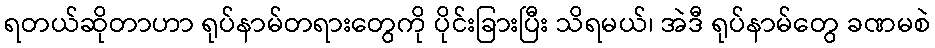
ရတယ်ဆိုတာဟာ ရုပ်နာမ်တရားတွေကို ပိုင်းခြားပြီး သိရမယ်၊ အဲဒီ ရုပ်နာမ်တွေ ခဏမစဲ